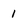
Character: 1